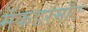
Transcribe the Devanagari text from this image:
मॅकडरमॉटः